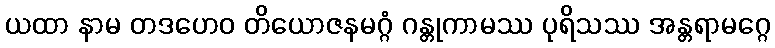
ယထာ နာမ တဒဟေဝ တိယောဇနမဂ္ဂံ ဂန္တုကာမဿ ပုရိသဿ အန္တရာမဂ္ဂေ